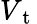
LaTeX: V_{\mathrm{~t~}}